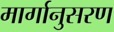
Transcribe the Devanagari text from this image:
मार्गानुसरण